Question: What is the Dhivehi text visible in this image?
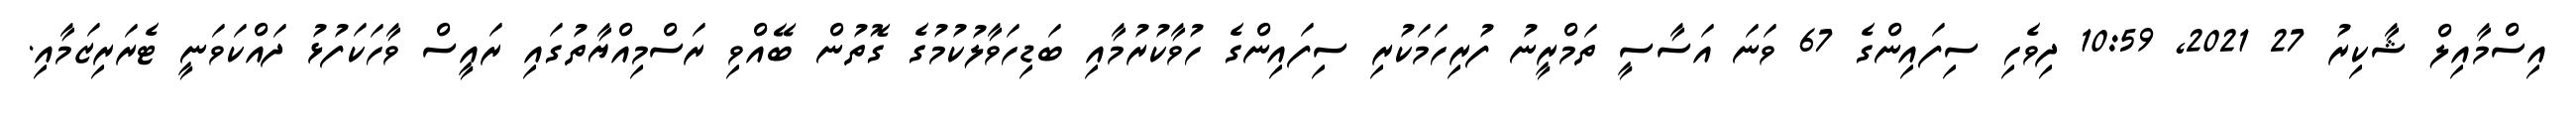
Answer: އިސްމާއިލް ޝާކިރު 27 2021, 10:59 ދިވެހި ސިފައިންގެ 67 ވަނަ އަސާސީ ތަމްރީނު ފުރިހަމަކުރި ސިފައިންގެ ހުވާކުރުމާއި ބަޑިހަވާލުކުމުގެ ގޮތުން ބޭއްވި ރަސްމިއްޔާތުގައި ރައީސް ވާހަކަފުޅު ދައްކަވަނީ ޓެރަރިޒަމާއި.